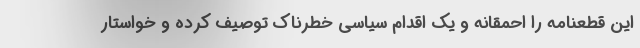
این قطعنامه را احمقانه و یک اقدام سیاسی خطرناک توصیف کرده و خواستار